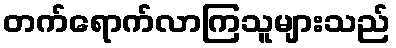
တက်ရောက်လာကြသူများသည်